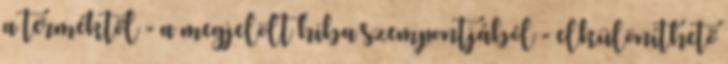
a terméktől - a megjelölt hiba szempontjából - elkülöníthető